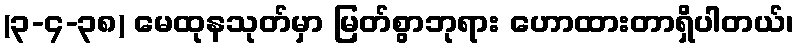
(၃-၄-၃၈) မေထုနသုတ်မှာ မြတ်စွာဘုရား ဟောထားတာရှိပါတယ်၊